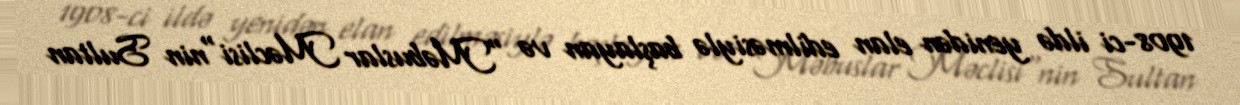
1908-ci ildə yenidən elan edilməsiylə başlayan və "Məbuslar Məclisi"nin Sultan